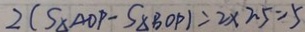
2 ( S _ { \Delta } A O P - S _ { \Delta } B O P ) = 2 \times 2 . 5 = 5